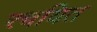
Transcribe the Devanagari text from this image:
रचयित